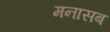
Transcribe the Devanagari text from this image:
मनासब